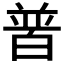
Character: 𤽽